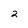
Character: 2